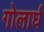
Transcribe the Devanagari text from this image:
गोलार्घ